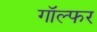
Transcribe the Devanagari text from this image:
गॉल्फर